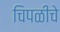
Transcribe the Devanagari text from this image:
चिपळीचे